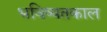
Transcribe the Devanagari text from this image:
भविष्यतकाल